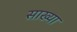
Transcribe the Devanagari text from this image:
साख्या